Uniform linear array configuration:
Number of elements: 32
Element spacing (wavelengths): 0.25
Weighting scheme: hamming
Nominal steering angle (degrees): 45
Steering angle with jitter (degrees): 44.38
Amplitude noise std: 0.05
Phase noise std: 0.05

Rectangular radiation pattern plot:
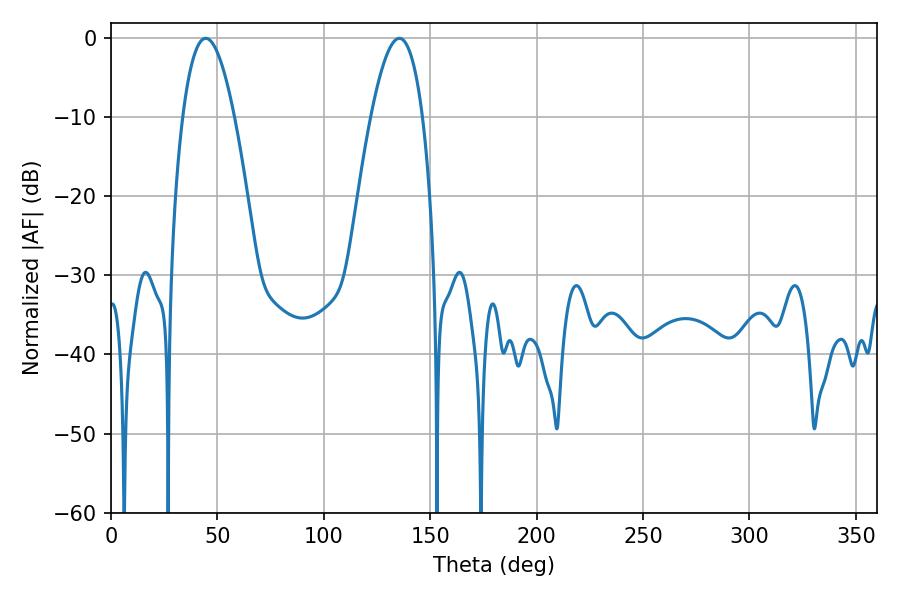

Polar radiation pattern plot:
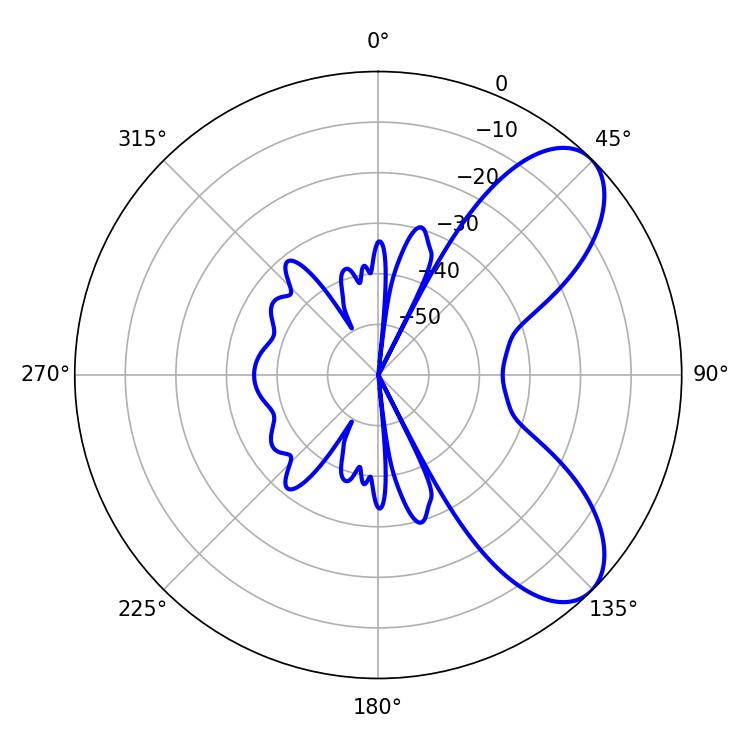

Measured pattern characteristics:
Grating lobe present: FALSE
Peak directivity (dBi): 7.523
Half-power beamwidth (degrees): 13.5
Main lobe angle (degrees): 44.46